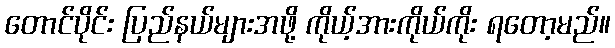
တောင်ပိုင်း ပြည်နယ်များအဖို့ ကိုယ့်အားကိုယ်ကိုး ရတော့မည်။